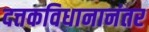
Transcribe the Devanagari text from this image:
दत्तकविधानानंतर